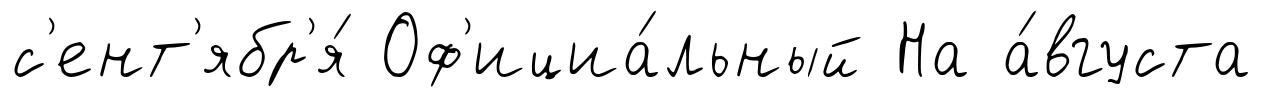
с'ент'ябр'я́ Оф'ициа́льный На а́вгуста